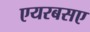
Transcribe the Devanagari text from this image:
एयरबसए